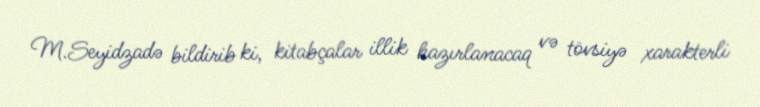
M.Seyidzadə bildirib ki, kitabçalar illik hazırlanacaq və tövsiyə xarakterli